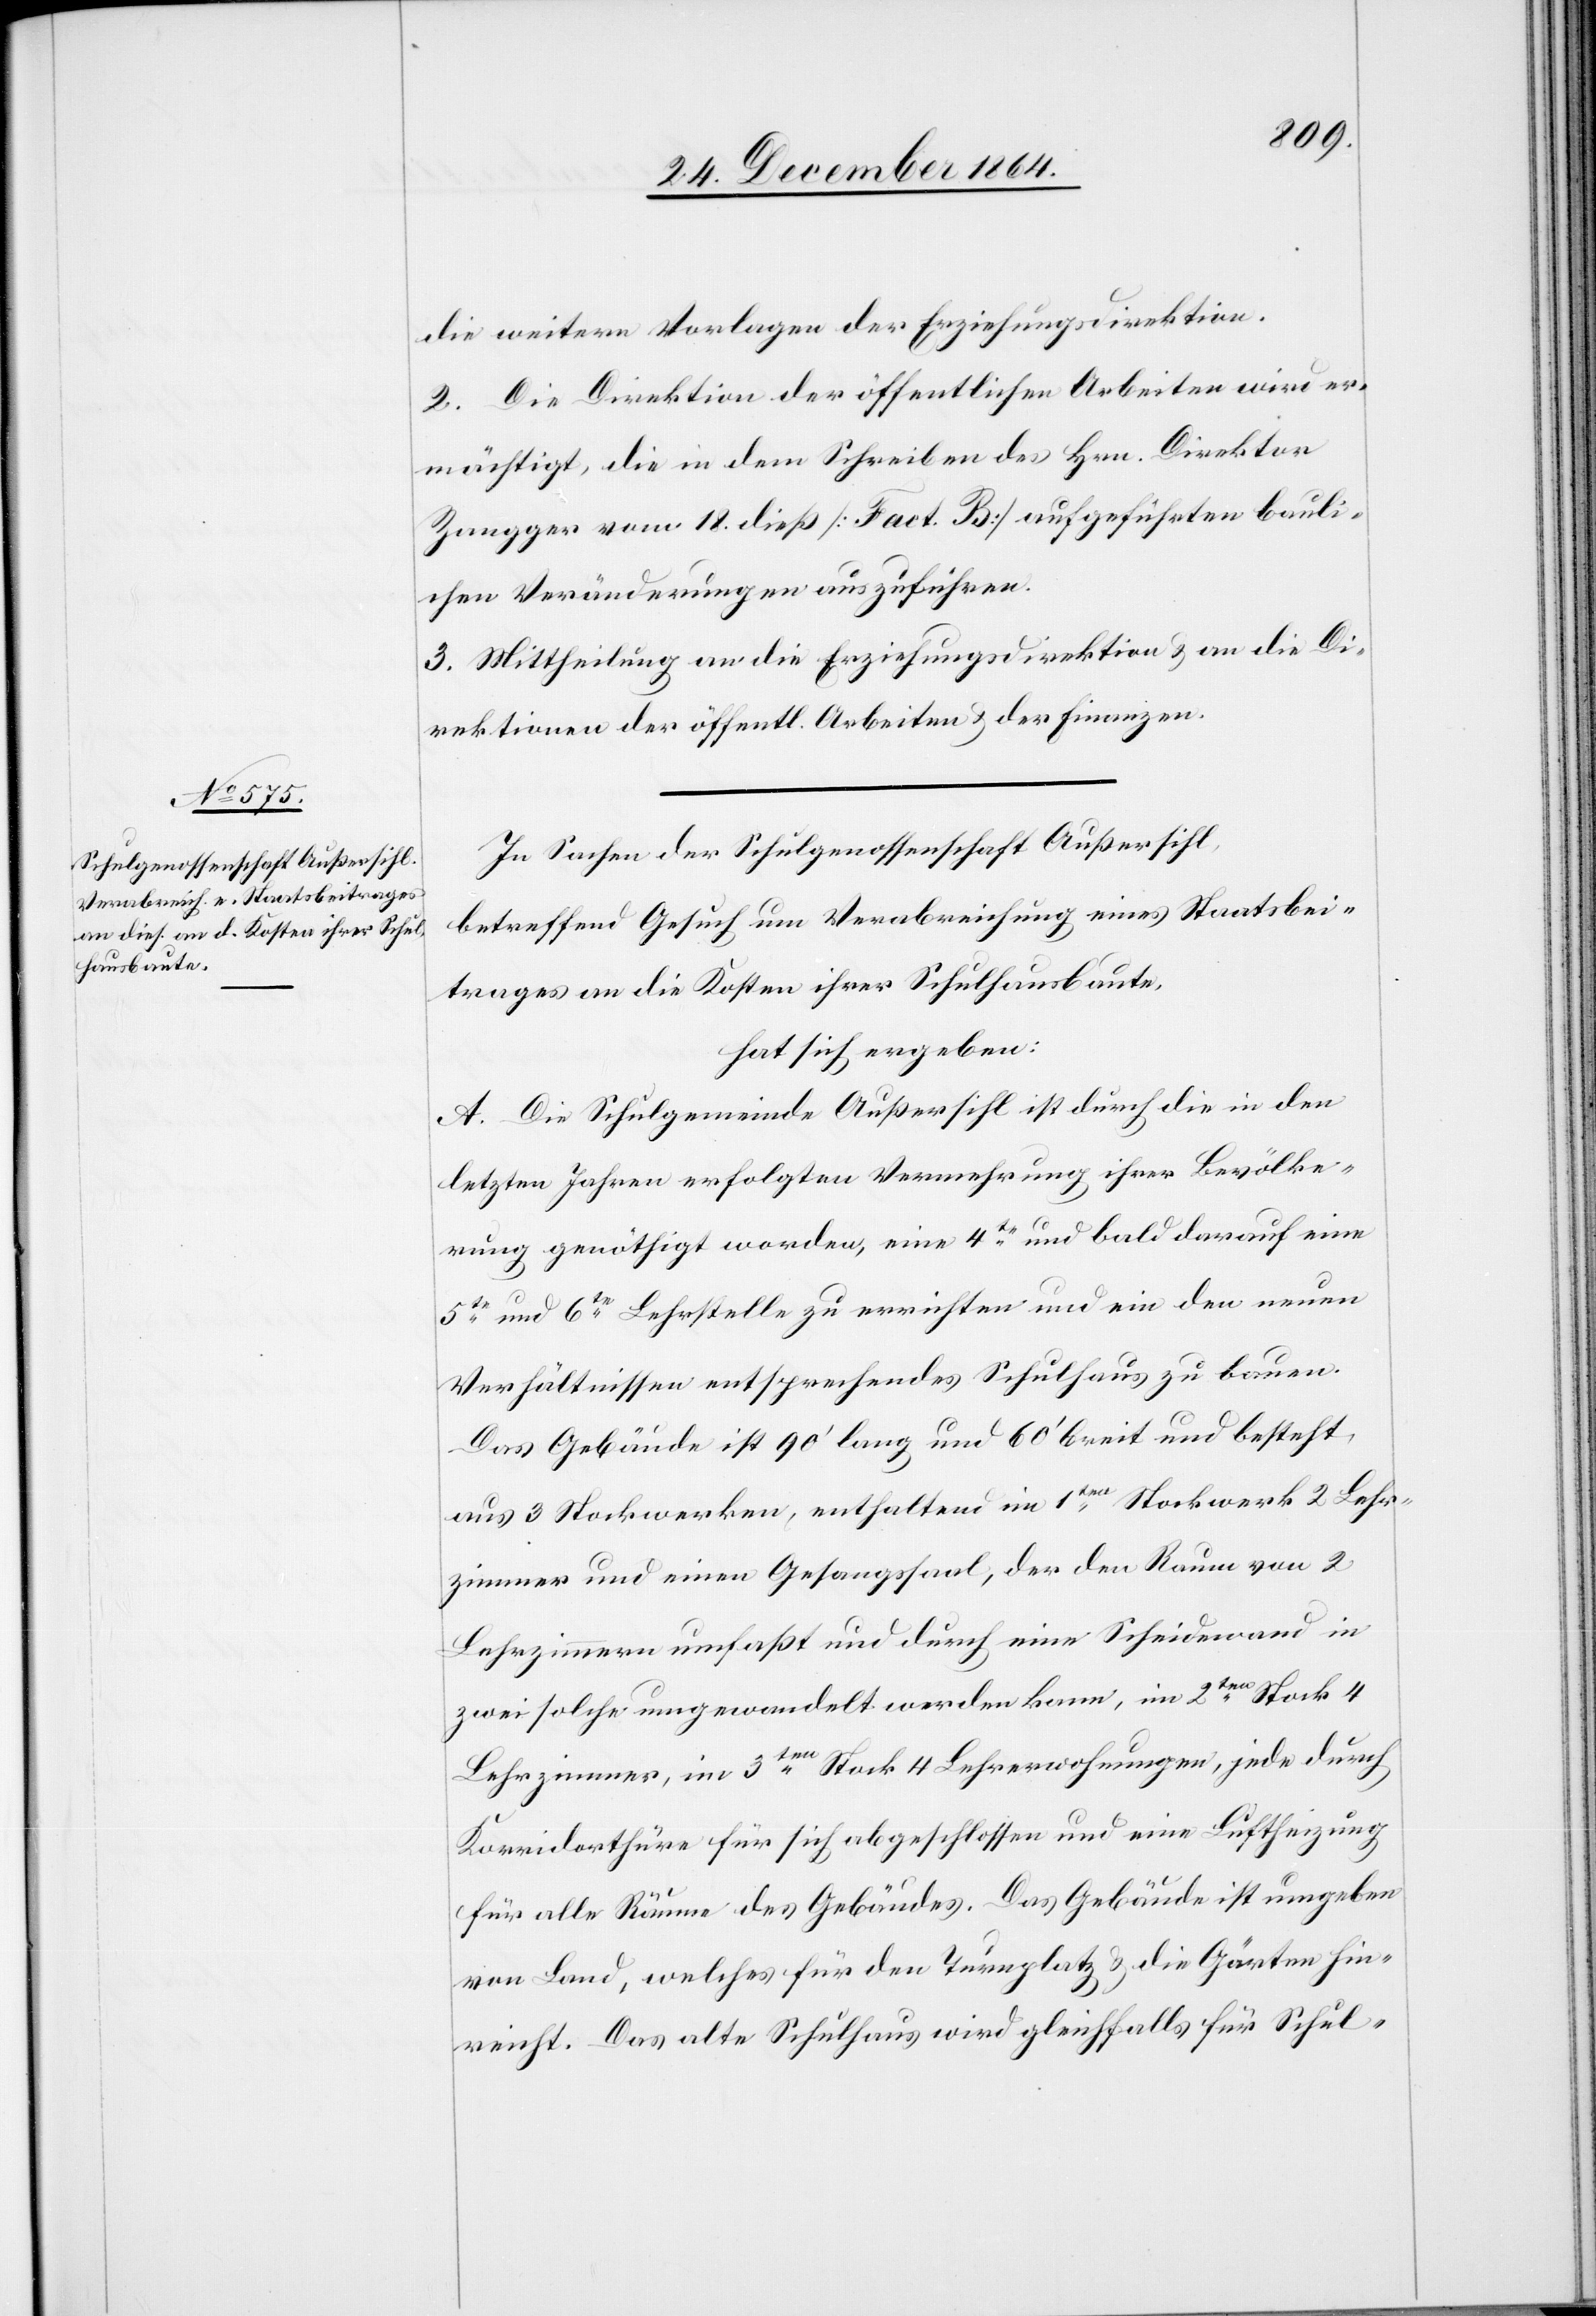
Schulgenossenschaft Außersihl

die weitern Vorlagen der Erziehungsdirektion.
2. Die Direktion der öffentlichen Arbeiten wird er¬
mächtigt, die in dem Schreiben des Hrn. Direktor
Zangger vom 18. dieß [Fact. B] aufgeführten bauli¬
chen Veränderungen auszuführen.
3. Mittheilung an die Erziehungsdirektion & an die Di¬
rektionen der öffentl. Arbeiten & der Finanzen.
In Sachen der Schulgenossenschaft Außersihl,
betreffend Gesuch um Verabreichung eines Staatsbei¬
trages an die Kosten ihrer Schulhausbaute,
hat sich ergeben:
letzten Jahren erfolgten [sic!] Vermehrung ihrer Bevölke¬
rung genöthigt worden, eine 4te und bald darauf eine
5te und 6te Lehrstelle zu errichten und ein den neuen
Verhältnissen entsprechendes Schulhaus zu bauen.
Das Gebäude ist 90’ lang und 60’ breit und besteht
aus 3 Stockwerden enthaltend im 1ten Stockwerk 2 Lehr¬
zimmer und einen Gesangssaal, der den Raum von 2
Lehrzimmern umfaßt und durch eine Scheidewand in
zwei solche umgewandelt werden kann, im 2ten Stock 4
Lehrzimmer, im 3ten Stock 4 Lehrerwohnungen, jede durch
Korridorthüre für sich abgeschlossen und eine Luftheizung
für alle Räume des Gebäudes. Das Gebäude ist umgeben
von Land, welches für den Thurnplatz & die Gärten hin¬
reicht. Das alte Schulhaus wird gleichfalls für Schul-